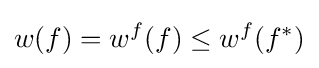
w(f)=w^{f}(f)\leq w^{f}(f^{*})